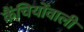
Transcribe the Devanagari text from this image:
कैंचियोंवाली